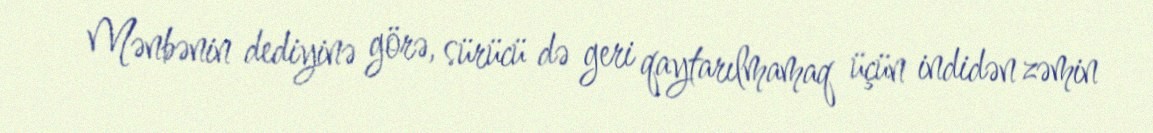
Mənbənin dediyinə görə, sürücü də geri qaytarılmamaq üçün indidən zəmin